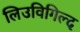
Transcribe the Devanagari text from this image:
लिउविगिल्द